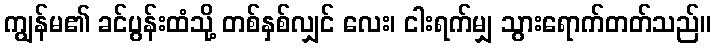
ကျွန်မ၏ ခင်ပွန်းထံသို့ တစ်နှစ်လျှင် လေး၊ ငါးရက်မျှ သွားရောက်တတ်သည်။